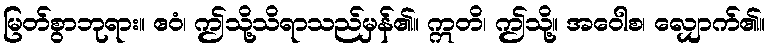
မြတ်စွာဘုရား။ ဧဝံ၊ ဤသို့သိရာသည်မှန်၏။ ဣတိ၊ ဤသို့။ အဝေါစ၊ လျှောက်၏။